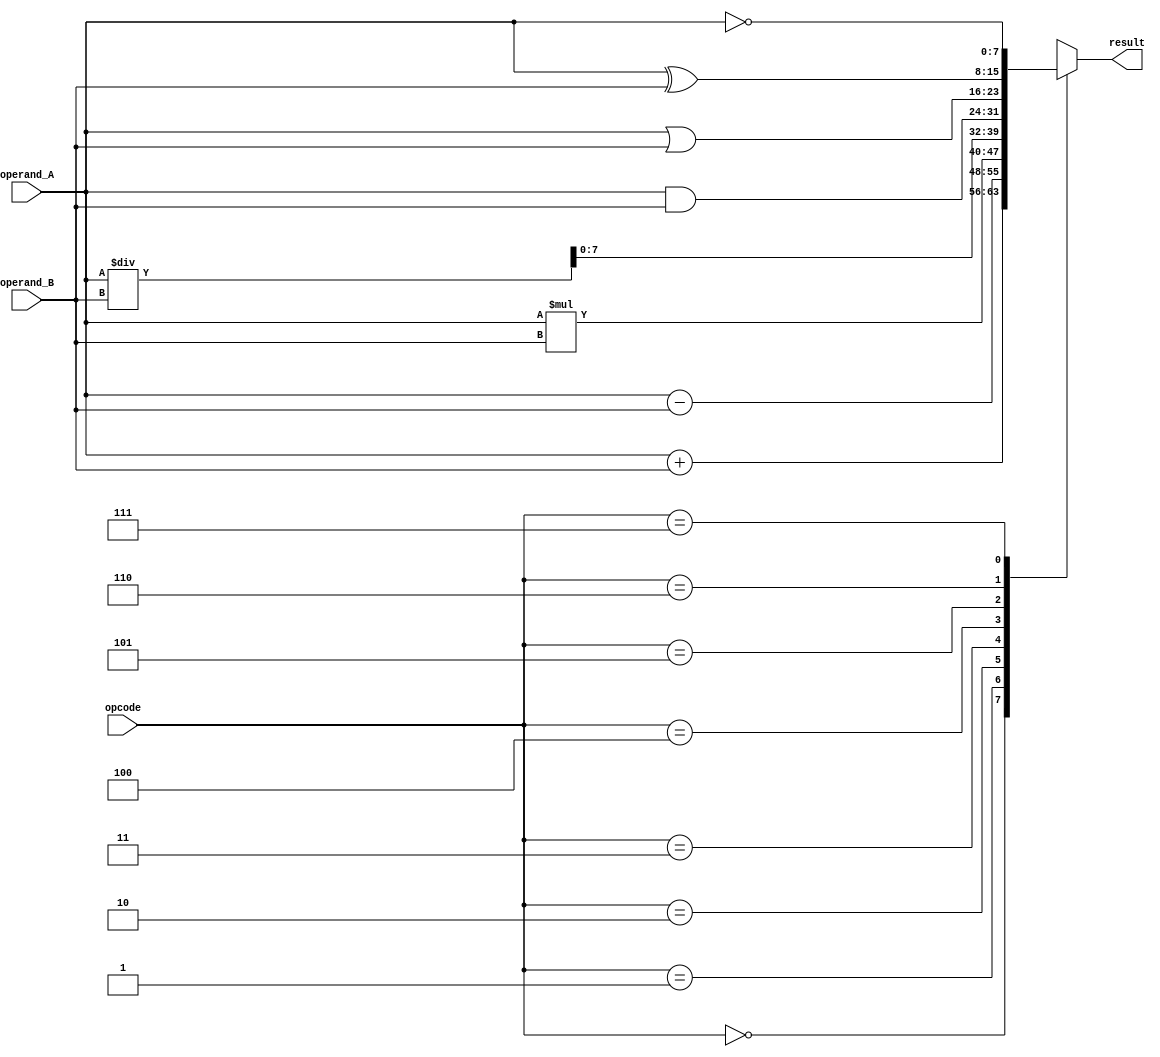
module ALU (
    input [7:0] operand_A,
    input [7:0] operand_B,
    input [2:0] opcode,
    output reg [7:0] result
);

// Arithmetic blocks
reg [8:0] sum;
reg [8:0] difference;
reg [15:0] product;
reg [15:0] quotient;

// Logic gates
reg [7:0] logic_result;

// Control unit
always @(*)
begin
    case (opcode)
        3'b000: // Adder
            begin
                sum = operand_A + operand_B;
                result = sum[7:0];
            end
        3'b001: // Subtractor
            begin
                difference = operand_A - operand_B;
                result = difference[7:0];
            end
        3'b010: // Multiplier
            begin
                product = operand_A * operand_B;
                result = product[7:0];
            end
        3'b011: // Divider
            begin
                quotient = operand_A / operand_B;
                result = quotient[7:0];
            end
        3'b100: // AND
            begin
                logic_result = operand_A & operand_B;
                result = logic_result;
            end
        3'b101: // OR
            begin
                logic_result = operand_A | operand_B;
                result = logic_result;
            end
        3'b110: // XOR
            begin
                logic_result = operand_A ^ operand_B;
                result = logic_result;
            end
        3'b111: // NOT
            begin
                result = ~operand_A;
            end
    endcase
end

endmodule